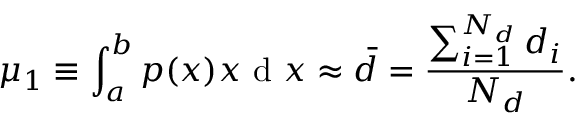
\mu _ { 1 } \equiv \int _ { a } ^ { b } p ( x ) x \textrm { d } x \approx \bar { d } = \frac { \sum _ { i = 1 } ^ { N _ { d } } d _ { i } } { N _ { d } } .